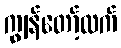
ကျွန်တော့်ထက်